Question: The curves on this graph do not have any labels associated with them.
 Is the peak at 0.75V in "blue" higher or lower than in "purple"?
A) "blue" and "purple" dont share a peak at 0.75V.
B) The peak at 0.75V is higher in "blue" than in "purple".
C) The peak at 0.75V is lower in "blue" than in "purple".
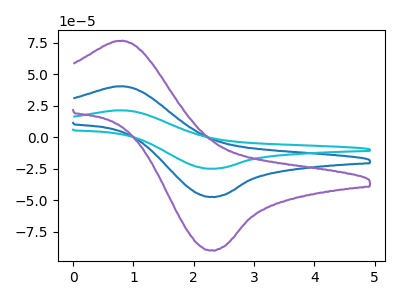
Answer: <think>The blue curve "blue" has an anodic peak at (0.75V, 40.40uA) and a cathodic peak at (2.30V, -47.40uA). The cyan curve "cyan" has an anodic peak at (0.75V, 80.75uA) and a cathodic peak at (2.30V, -94.85uA). The purple curve "purple" has an anodic peak at (0.75V, 76.50uA) and a cathodic peak at (2.30V, -89.80uA).</think>
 <answer>C) The peak at 0.75V is lower in "blue" than in "purple".</answer>
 <eval>C</eval>